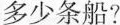
多少条船?